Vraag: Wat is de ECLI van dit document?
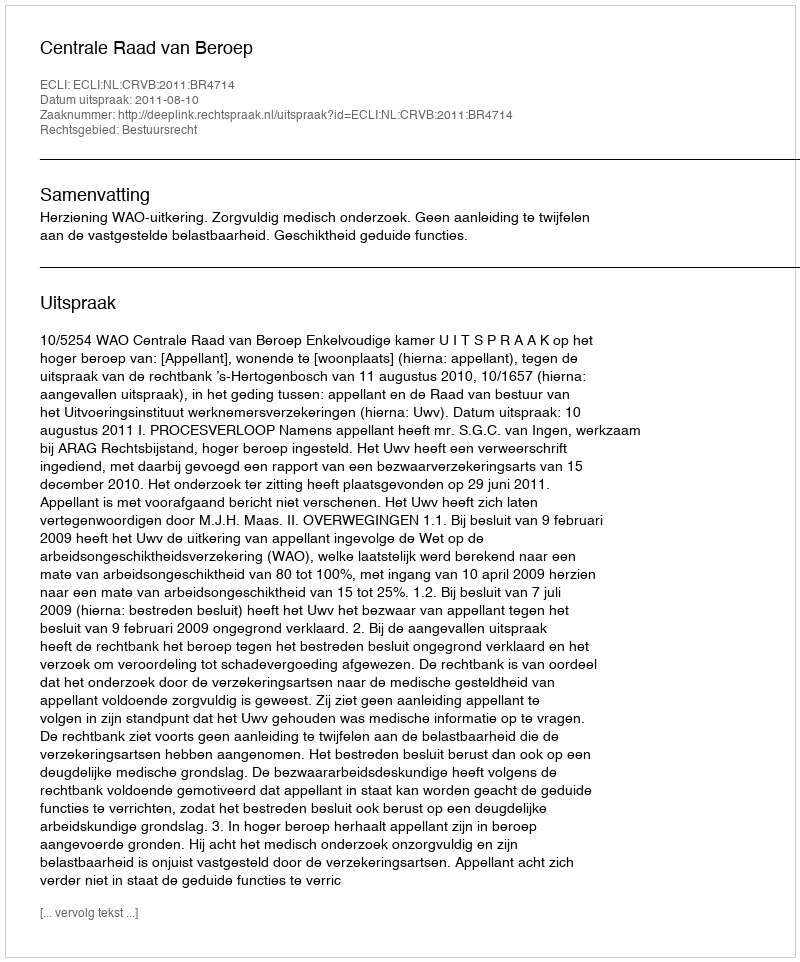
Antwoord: ECLI:NL:CRVB:2011:BR4714